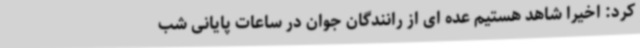
کرد: اخیراً شاهد هستیم عده ای از رانندگان جوان در ساعات پایانی شب